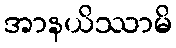
အာနယိဿာမိ